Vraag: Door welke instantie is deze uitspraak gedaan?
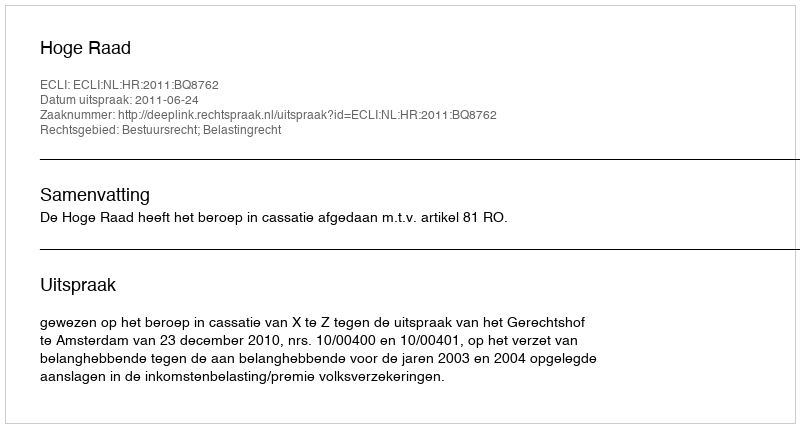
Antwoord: Hoge Raad